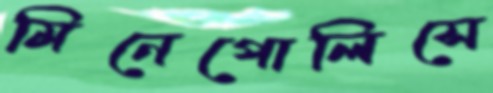
মিনেপোলিসে